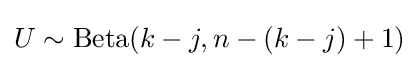
U\sim \operatorname {Beta} (k-j,n-(k-j)+1)